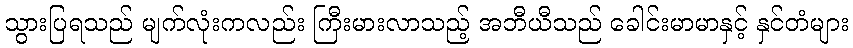
သွားပြရသည် မျက်လုံးကလည်း ကြီးမားလာသည့် အဘီယီသည် ခေါင်းမာမာနှင့် နှင်တံများ